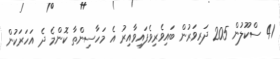
41 ސްކޫލުން 205 ދަރިވަރުން ބައިވެރިވެފައިވާއިރު އެ މަހާސިންތާ ކޮންމެ ދެ އަހަރަކުން